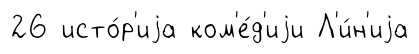
26 исто́р'иjа ком'е́д'иjи Л'и́н'иjа